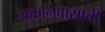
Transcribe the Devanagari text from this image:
भक्तनिवासाची